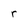
Character: r